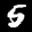
Label: 5